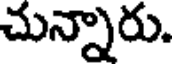
చున్నారు.